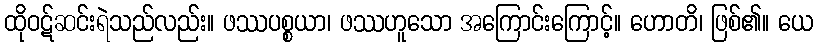
ထိုဝဋ်ဆင်းရဲသည်လည်း။ ဖဿပစ္စယာ၊ ဖဿဟူသော အကြောင်းကြောင့်။ ဟောတိ၊ ဖြစ်၏။ ယေ